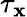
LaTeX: \tau_{\mathbf{x}}